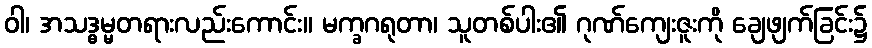
ဝါ၊ အသဒ္ဓမ္မတရားလည်းကောင်း။ မက္ခဂရုတာ၊ သူတစ်ပါး၏ ဂုဏ်ကျေးဇူးကို ချေဖျက်ခြင်း၌